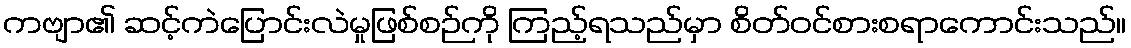
ကဗျာ၏ ဆင့်ကဲပြောင်းလဲမှုဖြစ်စဉ်ကို ကြည့်ရသည်မှာ စိတ်ဝင်စားစရာကောင်းသည်။